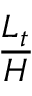
\frac { L _ { t } } { H }